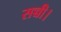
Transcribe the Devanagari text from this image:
सच्ची।